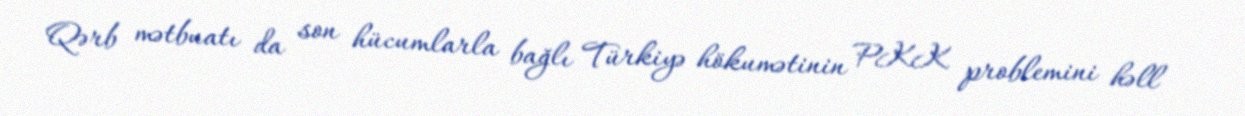
Qərb mətbuatı da son hücumlarla bağlı Türkiyə hökumətinin PKK problemini həll